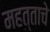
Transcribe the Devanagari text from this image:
महत्ताचे